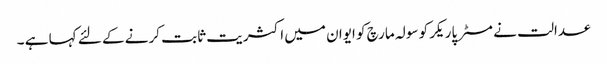
عدالت نے مسٹر پاریکر کو سولہ مارچ کو ایوان میں اکثریت ثابت کرنے کے لئے کہا ہے ۔